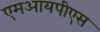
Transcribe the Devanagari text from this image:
एमआयपीएस